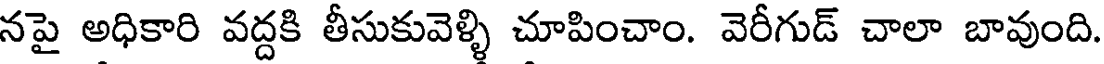
నపై అధికారి వద్దకి తీసుకువెళ్ళి చూపించాం. వెరీగుడ్ చాలా బావుంది